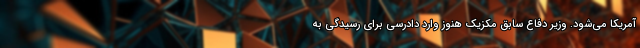
آمریکا می‌شود. وزیر دفاع سابق مکزیک هنوز وارد دادرسی برای رسیدگی به